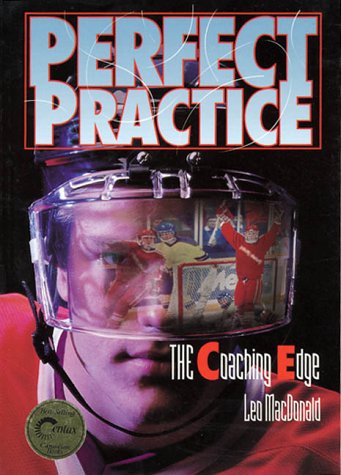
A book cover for Perfect Practice  The Coaching Edge; Leo A. MacDonald; Sports & Outdoors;